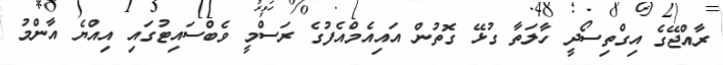
ރާއްޖޭގެ އިގްތިސޯދީ ހާލަތާ ގުޅޭ ގޮތުން އައިއެމްއެފުގެ ރަސްމީ ވެބްސައިޓުގައި އިއްޔެ އާންމު